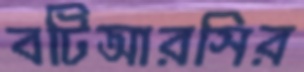
বটিআরসির